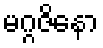
မဂ္ဂဇိနော